画像に写った文字を読んでください
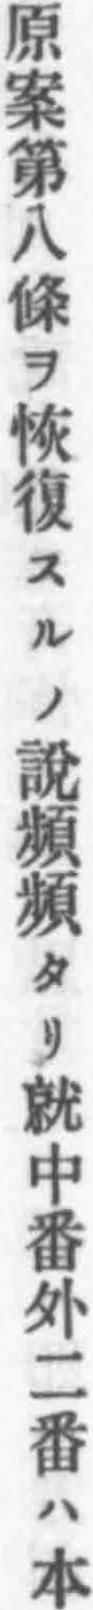
「原案第八條ヲ恢復スルノ說頻頻タリ就中番外二番ハ本」と書いてあります